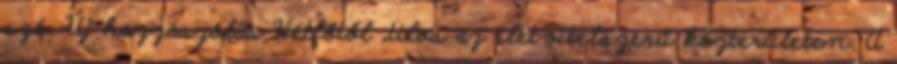
szó. Új hozzászólás Hétfőtől „tilos az életvitelszerű közterületen. A